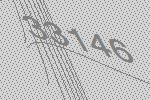
33146